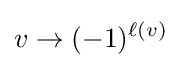
v\to (-1)^{\ell (v)}